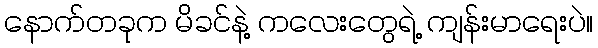
နောက်တခုက မိခင်နဲ့ ကလေးတွေရဲ့ ကျန်းမာရေးပဲ။